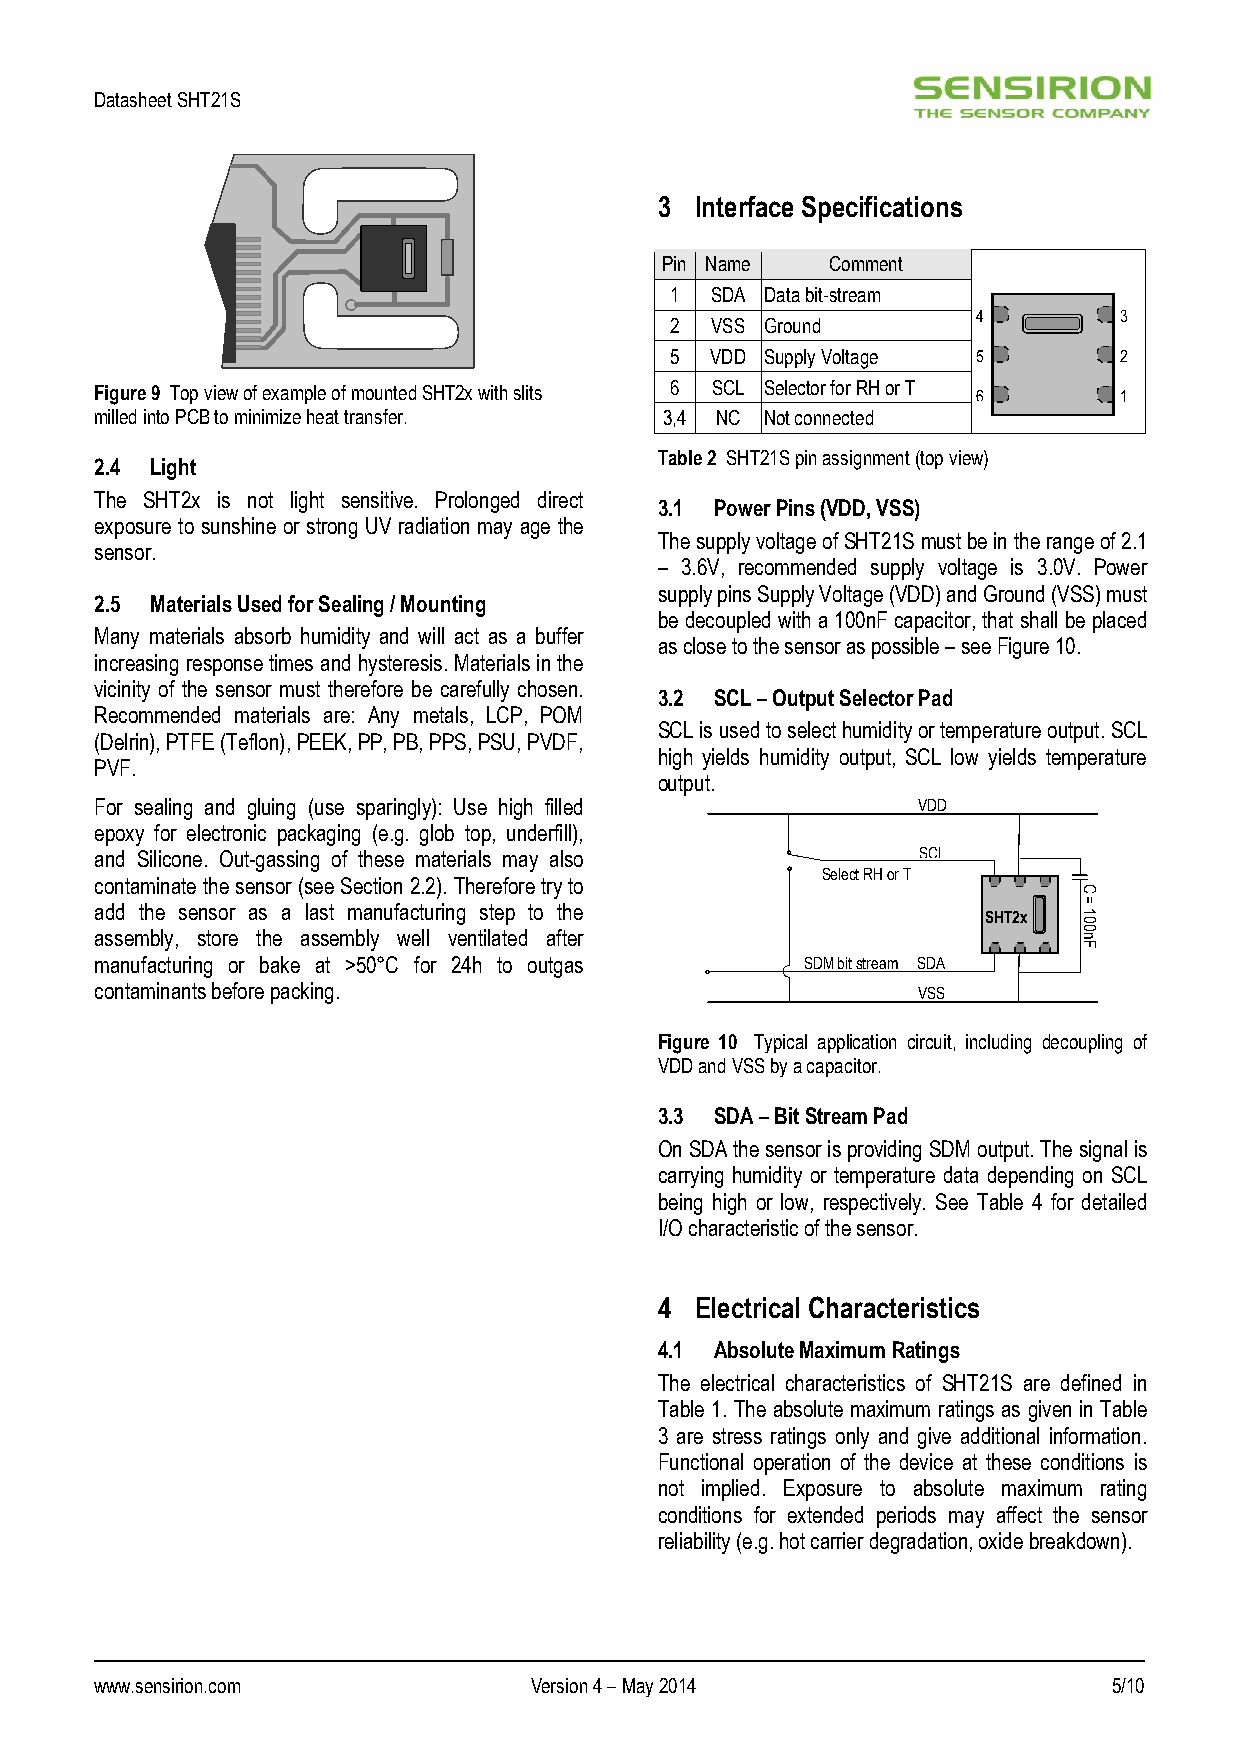
Datasheet SHT21S
 3 Interface Specifications
 Pin Name   Comment
 1  SDA Data bit-stream
 4        3
 2  VSS Ground
 5  VDD Supply Voltage 5       2
 Figure 9 Top view of example of mounted SHT2x with slits 6 SCL Selector for RH or T 6 1
 milled into PCB to minimize heat transfer. 3,4 NC Not connected
 Table 2 SHT21S pin assignment (top view)
 2.4 Light
 The SHT2x is not light sensitive. Prolonged direct
 3.1 Power Pins (VDD, VSS)
 exposure to sunshine or strong UV radiation may age the
 The supply voltage of SHT21S must be in the range of 2.1
 sensor.
 – 3.6V, recommended supply voltage is 3.0V. Power
 supply pins Supply Voltage (VDD) and Ground (VSS) must
 2.5 Materials Used for Sealing / Mounting
 be decoupled with a 100nF capacitor, that shall be placed
 Many materials absorb humidity and will act as a buffer
 as close to the sensor as possible – see Figure 10.
 increasing response times and hysteresis. Materials in the
 vicinity of the sensor must therefore be carefully chosen.
 3.2 SCL – Output Selector Pad
 Recommended materials are: Any metals, LCP, POM
 SCL is used to select humidity or temperature output. SCL
 (Delrin), PTFE (Teflon), PEEK, PP, PB, PPS, PSU, PVDF,
 high yields humidity output, SCL low yields temperature
 PVF.
 output.
 For sealing and gluing (use sparingly): Use high filled VDD
 epoxy for electronic packaging (e.g. glob top, underfill),
 and Silicone. Out-gassing of these materials may also  SCL
 Select RH or T
 contaminate the sensor (see Section 2.2). Therefore try to
 C
 add the sensor as a last manufacturing step to the
 SHT2x 1
 =
 0
 assembly, store the assembly well ventilated after               n0
 F
 manufacturing or bake at >50°C for 24h to outgas SDM bit stream SDA
 contaminants before packing.                           VSS
 Figure 10 Typical application circuit, including decoupling of
 VDD and VSS by a capacitor.
 3.3 SDA – Bit Stream Pad
 On SDA the sensor is providing SDM output. The signal is
 carrying humidity or temperature data depending on SCL
 being high or low, respectively. See Table 4 for detailed
 I/O characteristic of the sensor.
 4 Electrical Characteristics
 4.1 Absolute Maximum Ratings
 The electrical characteristics of SHT21S are defined in
 Table 1. The absolute maximum ratings as given in Table
 3 are stress ratings only and give additional information.
 Functional operation of the device at these conditions is
 not implied. Exposure to absolute maximum rating
 conditions for extended periods may affect the sensor
 reliability (e.g. hot carrier degradation, oxide breakdown).
 www.sensirion.com            Version 4 – May 2014                   5/10